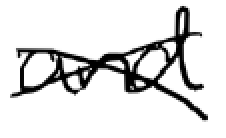
Text: and
Cross-out: cross
Writing tool: digital_black